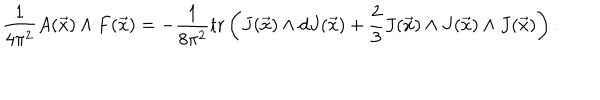
\frac { 1 } { 4 \pi ^ { 2 } } A ( \vec { x } ) \wedge F ( \vec { x } ) = - \frac { 1 } { 8 \pi ^ { 2 } } \mathrm { t r } \left( J ( \vec { x } ) \wedge d J ( \vec { x } ) + \frac { 2 } { 3 } J ( \vec { x } ) \wedge J ( \vec { x } ) \wedge J ( \vec { x } ) \right) .